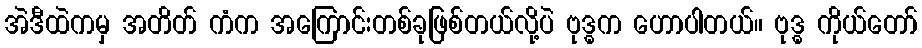
အဲဒီထဲကမှ အတိတ် ကံက အကြောင်းတစ်ခုဖြစ်တယ်လို့ပဲ ဗုဒ္ဓက ဟောပါတယ်။ ဗုဒ္ဓ ကိုယ်တော်